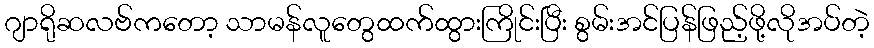
ဂျာရိုဆလဗ်ကတော့ သာမန်လူတွေထက်ထွားကြိုင်းပြီး စွမ်းအင်ပြန်ဖြည့်ဖို့လိုအပ်တဲ့